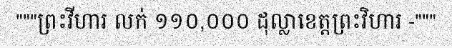
"""ព្រះវីហារ លក់ ១១០,០០០ ដុល្លាខេត្តព្រះវិហារ -"""